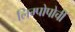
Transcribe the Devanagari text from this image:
लिम्पोपोची